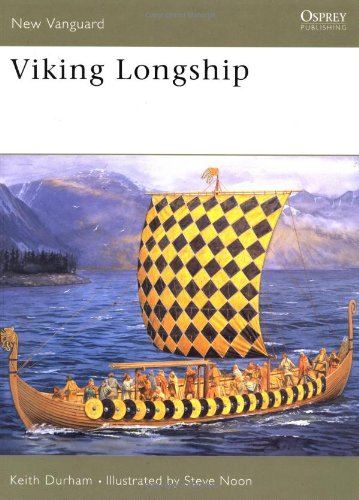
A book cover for Viking Longship (New Vanguard); Keith Durham; History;